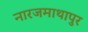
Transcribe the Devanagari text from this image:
नारजमाथापुर